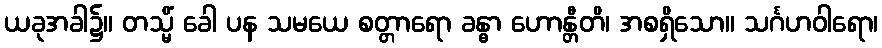
ယခုအခါ၌။ တသ္မိံ ခေါ ပန သမယေ စတ္တာရော ခန္ဓာ ဟောန္တီတိ၊ အစရှိသော။ သင်္ဂဟဝါရော၊